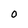
Character: o